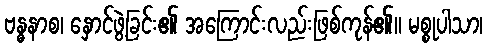
ဗန္ဓနာစ၊ နှောင်ဖွဲ့ခြင်း၏ အကြောင်းလည်းဖြစ်ကုန်၏။ မစ္စုပါသာ၊